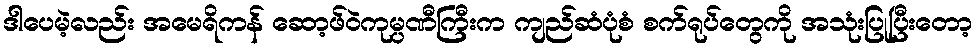
ဒါပေမဲ့လည်း အမေရိကန် ဆော့ဖ်ဝဲကုမ္ပဏီကြီးက ကျည်ဆံပုံစံ စက်ရုပ်တွေကို အသုံးပြုပြီးတော့